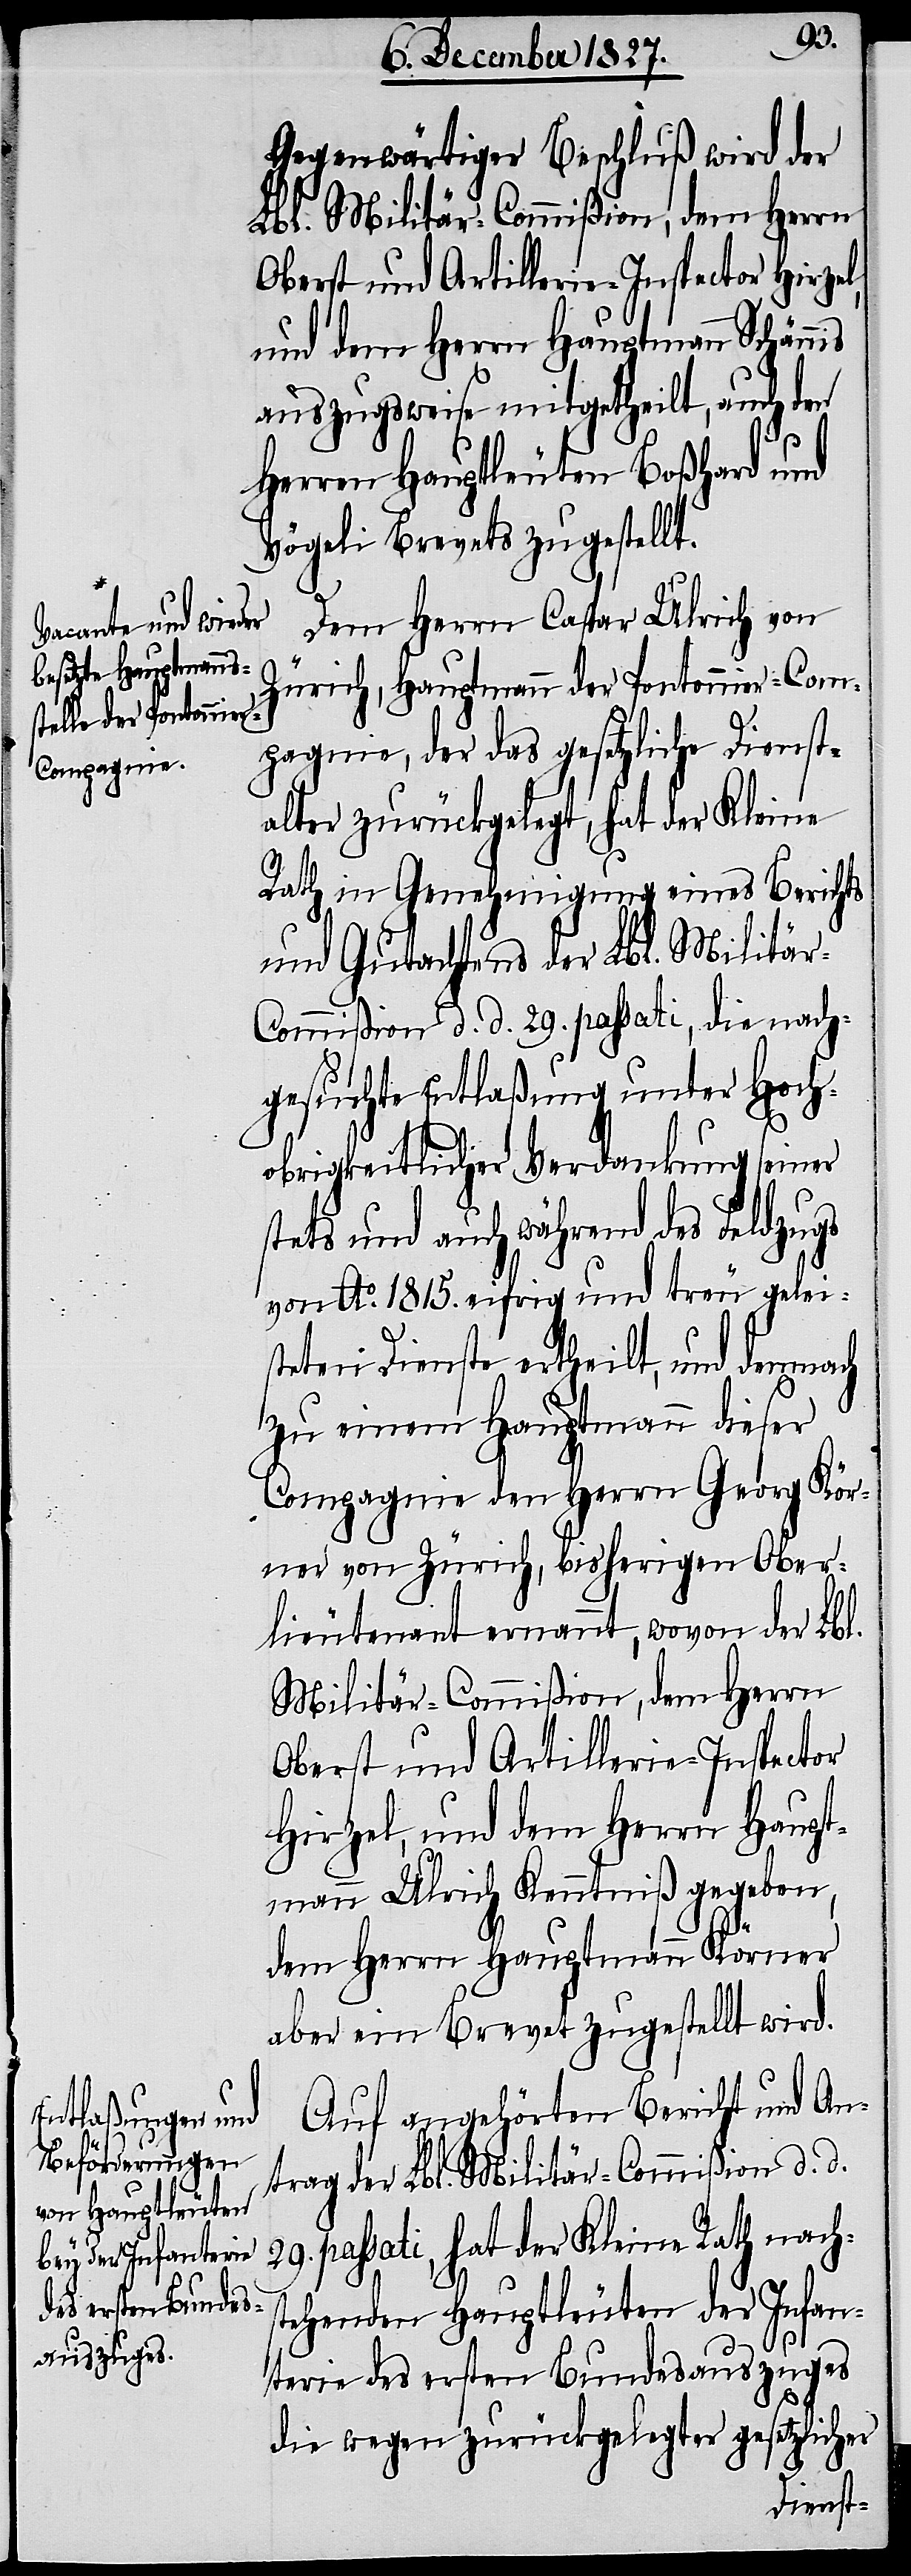
Dem Herrn Caspar Ulrich von
Zürich, Hauptmann der Pontonnier-Com¬
pagnie, der das gesetzliche Dienst¬
alter zurückgelegt, hat der Kleine
Rath in Genehmigung eines Berichts
und Gutachtens der Lbl. Militär-C¬
ommißion d. d. 29. passati, die nach¬
gesuchte Entlaßung unter Hoch¬
obrigkeitlicher Verdankung seiner
stets und auch während des Feldzugs
von Ao. 1815. eifrig und treu gelei¬
steten Dienste ertheilt, und demnach
zu einem Hauptmann dieser
Compagnie den Herrn Georg Kör¬
ner von Zürich, bisherigen Ober¬
lieutenant ernannt, wovon der Lbl.
Militär-Commißion, dem Herrn
Oberst und Artillerie-Inspector
Hirzel, und dem Herrn Haupt¬
mann Ulrich Kenntniß gegeben,
dem Herrn Hauptmann Körner
aber ein Brevet zugestellt wird.
Auf angehörten Bericht und An¬
trag der Lbl. Militär-Commißion d. d.
29. passati, hat der Kleine Rath nach¬
stehenden Hauptleuten der Infan¬
terie des ersten Bundesauszuges
die wegen zurückgelegter gesetzlicher